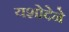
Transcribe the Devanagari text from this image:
यशोदेने